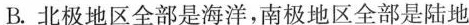
B.北极地区全部是海洋，南极地区全部是陆地